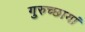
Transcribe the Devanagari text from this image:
गुरुच्छायां